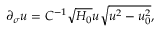
\partial _ { \sigma } u = C ^ { - 1 } \sqrt { H _ { 0 } } u \sqrt { u ^ { 2 } - u _ { 0 } ^ { 2 } } ,